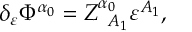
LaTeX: \delta _ { \varepsilon } \Phi ^ { \alpha _ { 0 } } = Z _ { \; \; A _ { 1 } } ^ { \alpha _ { 0 } } \varepsilon ^ { A _ { 1 } } ,